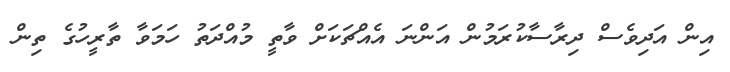
އިން އަދިވެސް ދިރާސާކުރަމުން އަންނަ އެއްޗަކަށް ވާތީ މުއްދަތު ހަމަވާ ތާރީހުގެ ތިން